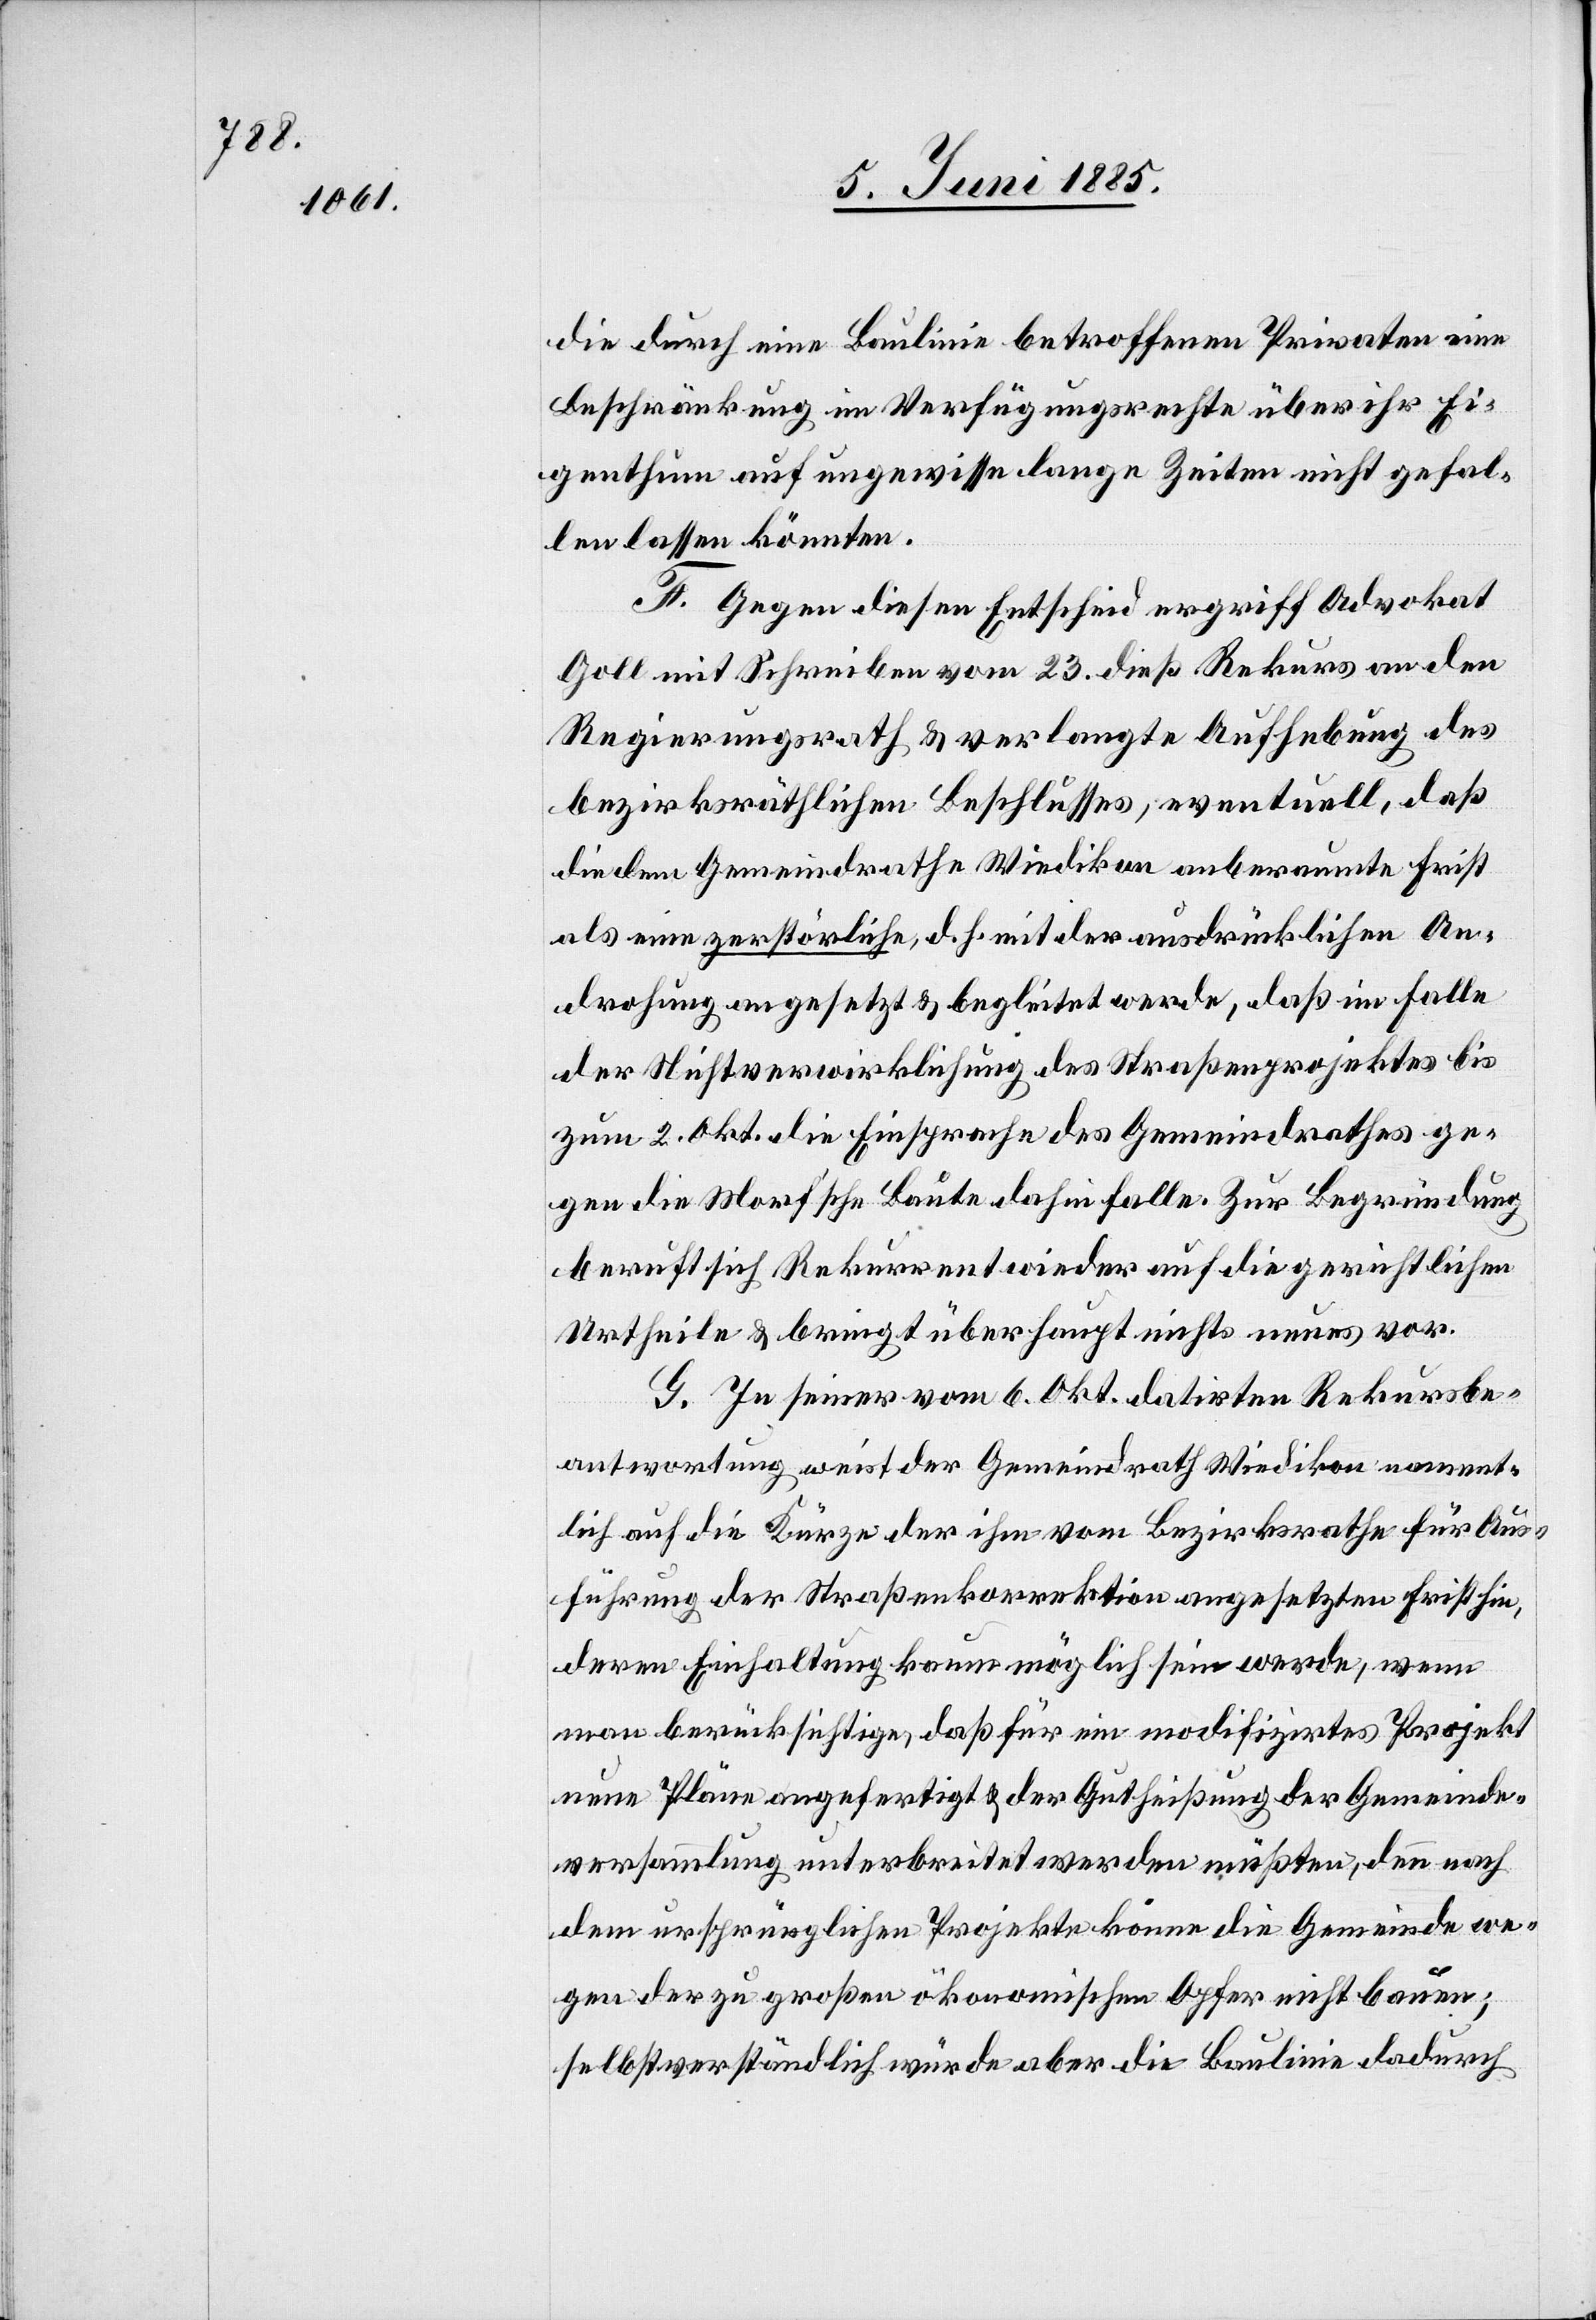
die durch eine Baulinie betroffenen Privaten eine
Beschränkung im Verfügungsrechte über ihr Ei¬
genthum auf ungewisse lange Zeiten nicht gefal¬
len lassen könnten.
F. Gegen diesen Entscheid ergriff Advokat
Goll mit Schreiben vom 23. dieß Rekurs an den
Regierungsrath & verlangte Aufhebung des
bezirksräthlichen Beschlusses, eventuell, daß
die dem Gemeindrathe Wiedikon anberaumte Frist
als eine zerstörliche, d. h mit der ausdrücklichen An¬
drohung angesetzt & begleitet werde, daß im Falle
der Nichtverwirklichung des Straßenprojektes bis
zum 2. Okt. die Einsprache des Gemeindrathes ge¬
gen die Morf’sche Baute dahin falle. Zur Begründung
beruft sich Rekurrent wieder auf die gerichtlichen
Urtheile & bringt überhaupt nichts neues vor.
G. In seiner vom 6. Okt. datirten Rekursbe¬
antwortung weist der Gemeindrath Wiedikon nament¬
lich auf die Kürze der ihm vom Bezirksrath für Aus¬
führung der Straßenkorrektion angesetzten Frist hin,
deren Einhaltung kaum möglich sein werde, wenn
man berücksichtige, daß für ein modifizirtes Projekt
neue Pläne angefertigt & der Gutheißung der Gemeinde¬
versammlung unterbreitet werden müßten, denn nach
dem ursprünglichen Projekte könne die Gemeinde we¬
gen der zu großen ökonomischen Opfer nicht bauen;
selbstverständlich würde aber die Baulinie dadurch